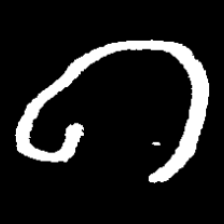
Pyu character \u2014 Myanmar letter: ဂ (romanized: ga)